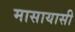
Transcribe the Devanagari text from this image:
मासायासी